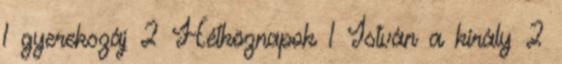
1 gyerekszáj 2 Hétköznapok 1 István a király 2